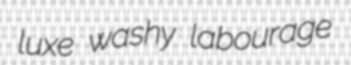
luxe washy labourage